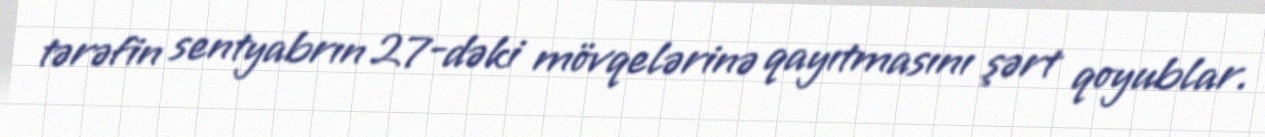
tərəfin sentyabrın 27-dəki mövqelərinə qayıtmasını şərt qoyublar.